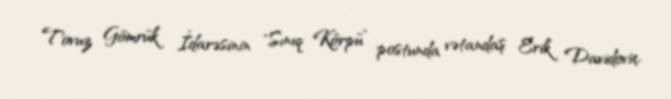
Tovuz Gömrük İdarəsinin "Sınıq Körpü” postunda vətandaş Erik Davidoviç